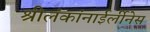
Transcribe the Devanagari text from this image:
श्रीलंकांनाईर्लीनेस